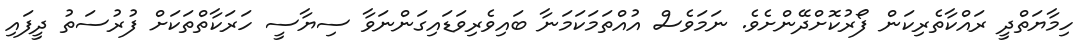
ހިމާޔަތްދީ ރައްކާތެރިކަން ފޯރުކޮށްދޭންށެވެ. ނަމަވެސް އުއްތަމަކަމަނާ ބައިވެރިވަޑައިގަންނަވާ ސިޔާސީ ހަރަކާތްތަކަށް ފުރުސަތު ދީފައި